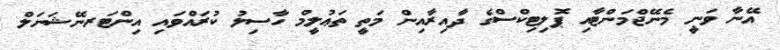
އޭނާ ވަނީ މެނޭޖްމަންޓާއި ޕޮލިޓިކްސްގެ ދާއިރާއިން މަތީ ތަޢުލީމް ހާސިލު ކުރައްވައި އިންޓަރނޭޝަނަލް